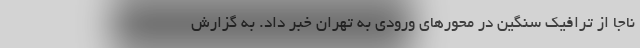
ناجا از ترافیک سنگین در محورهای ورودی به تهران خبر داد. به گزارش